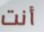
أنت